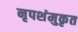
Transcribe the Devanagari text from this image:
नृपशंमुकृत